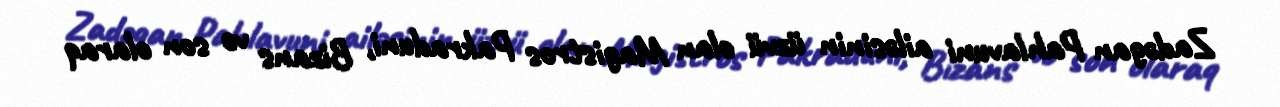
Zadəgan Pahlavuni ailəsinin üzvü olan Magistros Pakraduni, Bizans və son olaraq